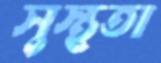
সুস্থতা